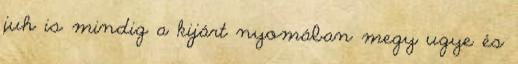
juh is mindig a kijárt nyomában megy ugye és